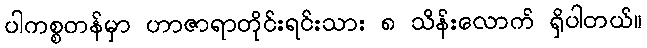
ပါကစ္စတန်မှာ ဟာဇာရာတိုင်းရင်းသား ၈ သိန်းလောက် ရှိပါတယ်။